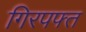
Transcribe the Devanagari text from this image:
गिरपफ्त